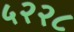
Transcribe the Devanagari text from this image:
५२२८